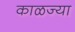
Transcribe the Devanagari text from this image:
काळज्या